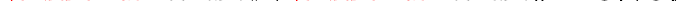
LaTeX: \smash{\ensuremath{\mathrm{\ textsl{v}}_{\parallel}}^{2}/\ensuremath{\mathrm{\ textsl{v}}_{0}}^{2}=C_{P}/C_{V}}